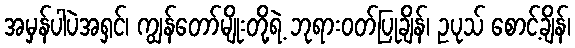
အမှန်ပါပဲအရှင်၊ ကျွန်တော်မျိုးတို့ရဲ့ ဘုရားဝတ်ပြုချိန်၊ ဥပုသ် စောင့်ချိန်၊